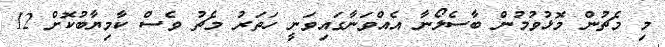
މި މެޗުން މޮޅުވުމުން ބާސެލޯނާ އެއްވަނާގައިވަނީ ހަތަރު މެޗު ވެސް ކާމިޔާބުކޮށް 12